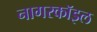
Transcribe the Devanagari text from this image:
नागरकॉइल